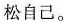
松自己。